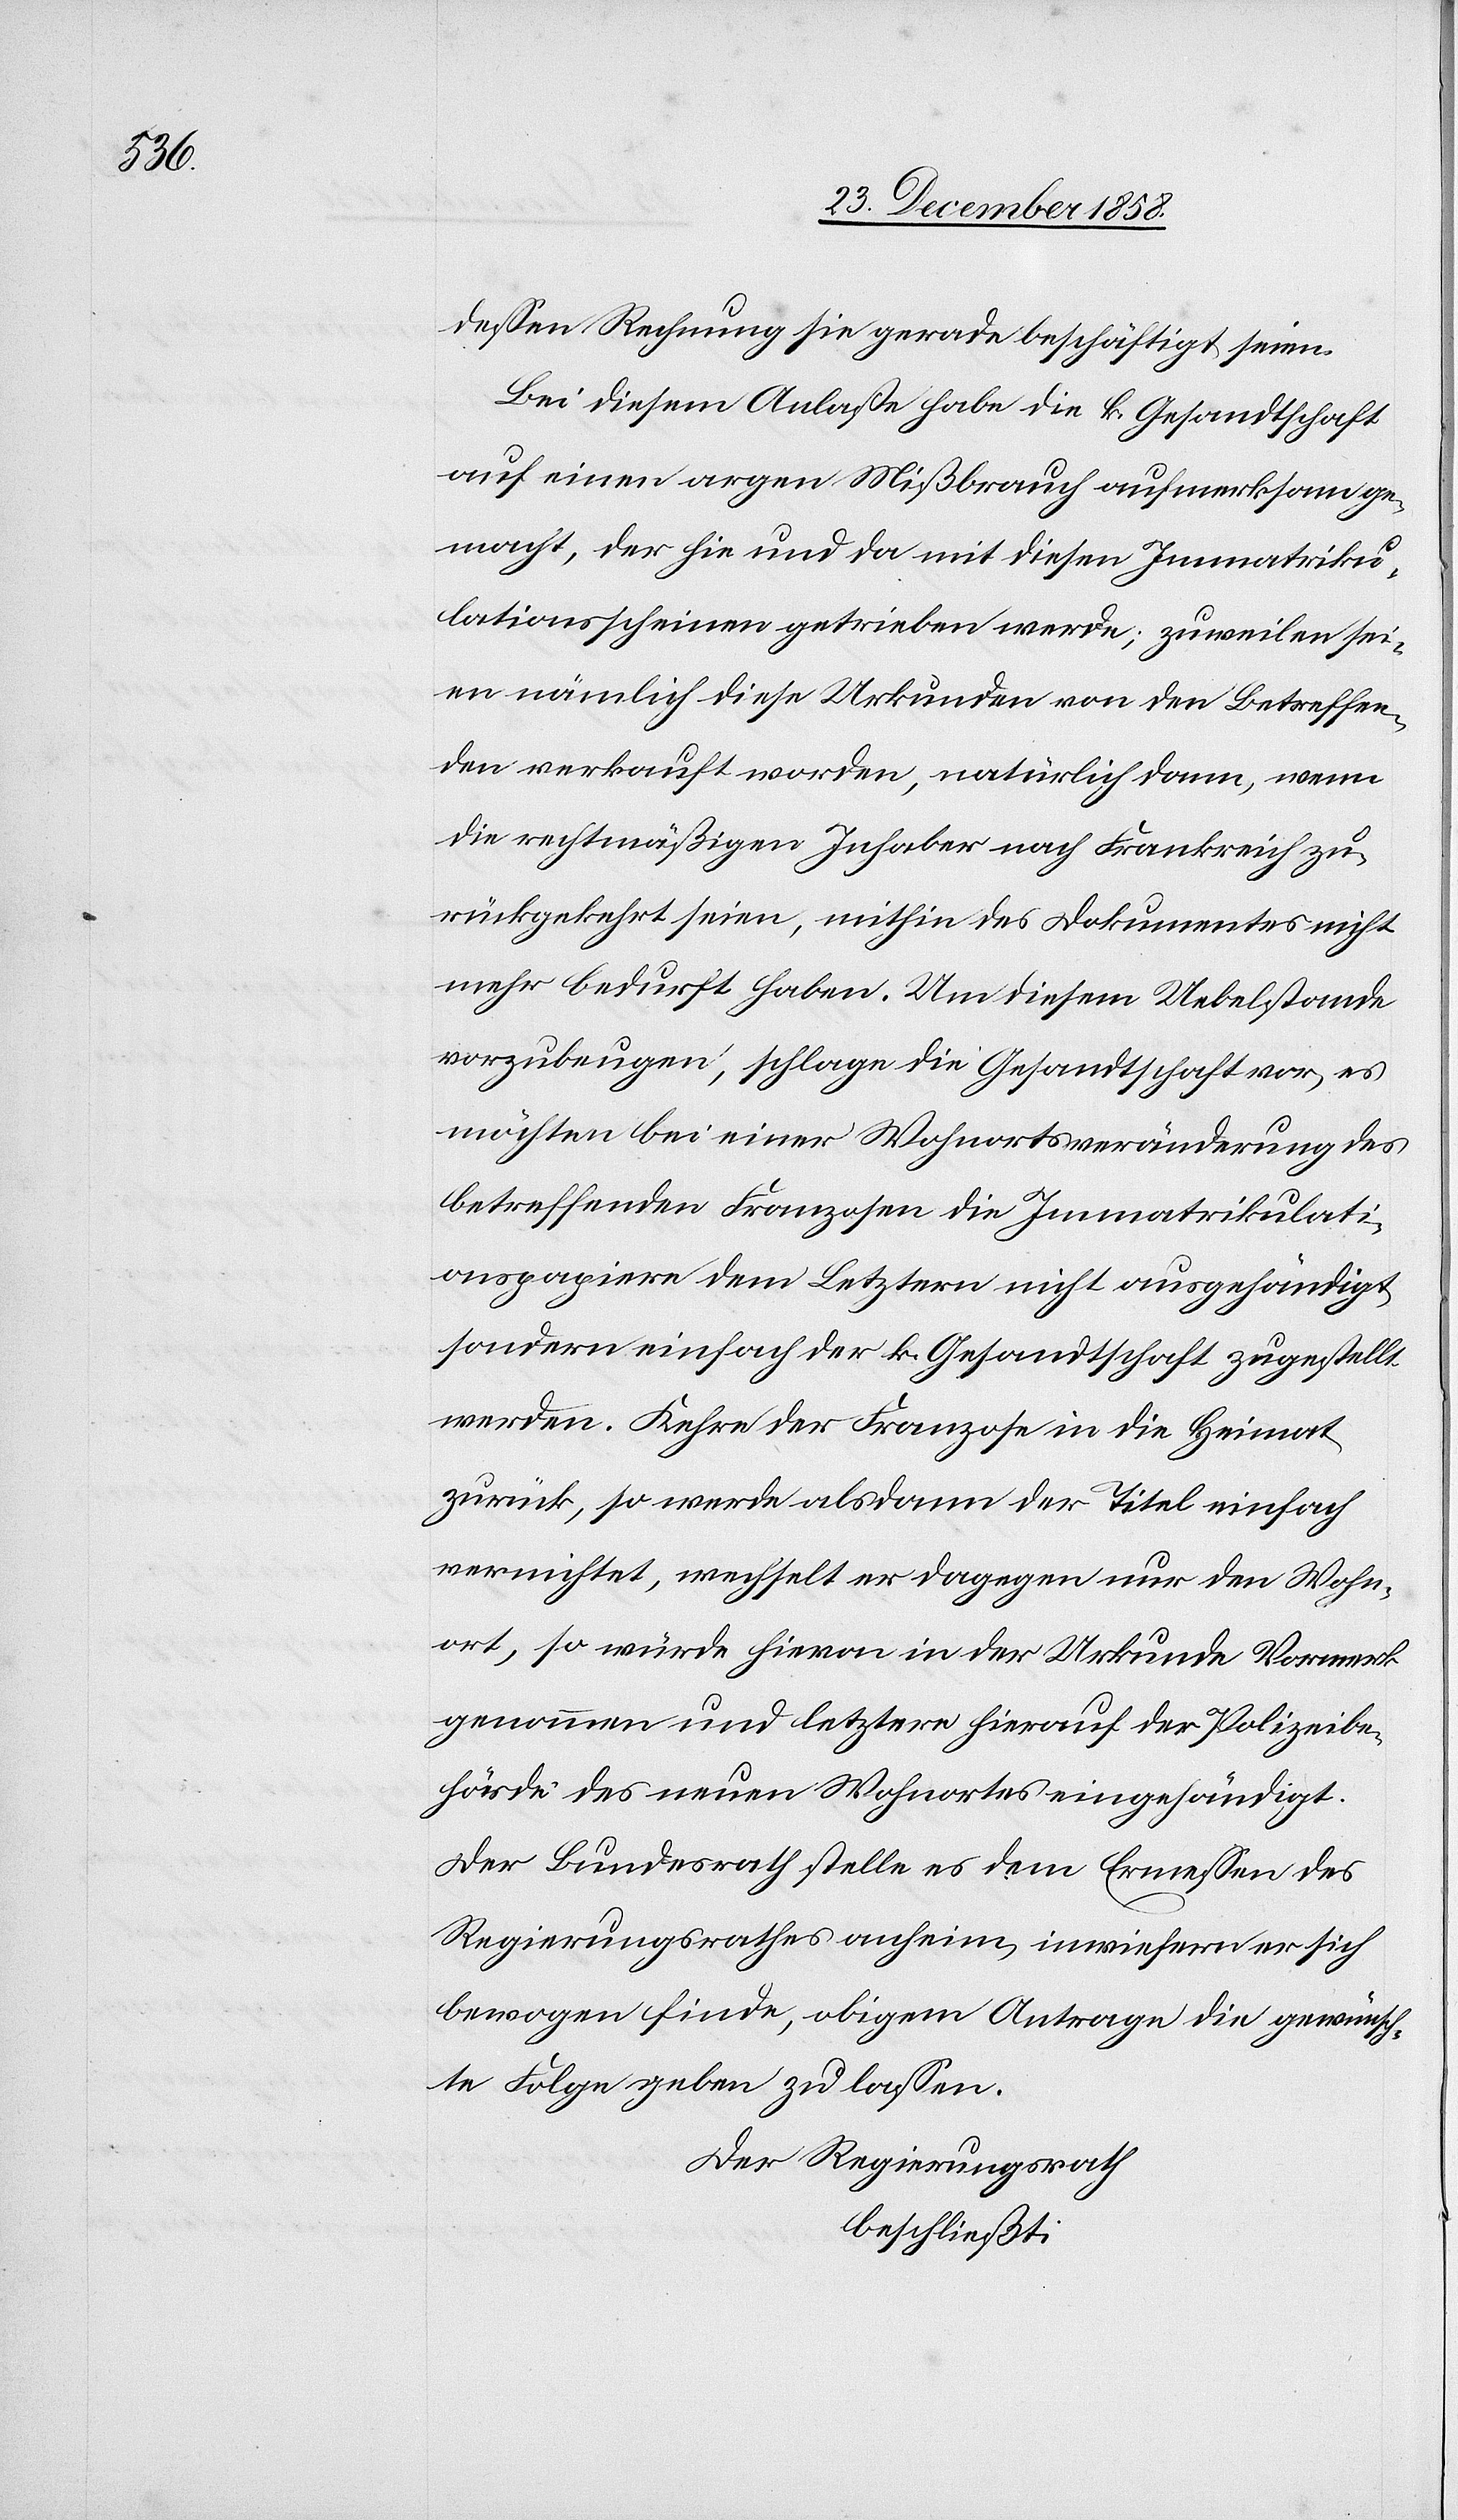
dessen Rechnung sie gerade beschäftigt seien.
Bei diesem Anlaße habe die k. Gesandtschaft
auf einen argen Mißbrauch aufmerksam ge¬
macht, der hie und da mit diesen Immatriku¬
lationsscheinen getrieben werde; zuweilen sei¬
en nämlich diese Urkunden von den Betreffen¬
den verkauft worden, natürlich dann, wenn
die rechtmäßigen Inhaber nach Frankreich zu¬
rückgekehrt seien, mithin des Dokumentes nicht
mehr bedurft haben. Um diesem Uebelstande
vorzubeugen, schlage die Gesandtschaft vor, es
möchten bei einer Wohnortsveränderung des
betreffenden Franzosen die Immatrikulati¬
onspapiere dem Letztern nicht ausgehändigt,
sondern einfach der k. Gesandtschaft zugestellt
werden. Kehre der Franzose in die Heimat
zurück, so werde alsdann der Titel einfach
vernichtet, wechselt er dagegen nur den Wohn¬
ort, so würde hievon in der Urkunde Vormerk
genommen und letztere hierauf der Polizeibe¬
hörde des neuen Wohnortes eingehändigt.
Der Bundesrath stelle es dem Ermessen des
Regierungsrathes anheim, inwiefern er sich
bewogen finde, obigem Antrage die gewünsch¬
te Folge geben zu lassen.
Der Regierungsrath
beschließt: